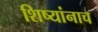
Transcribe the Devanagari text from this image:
शिष्यांनाच